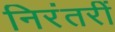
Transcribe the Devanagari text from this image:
निरंतरीं